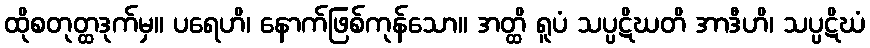
ထိုစတုတ္ထဒုက်မှ။ ပရေဟိ၊ နောက်ဖြစ်ကုန်သော။ အတ္ထိ ရူပံ သပ္ပဋိဃတိ အာဒီဟိ၊ သပ္ပဋိဃံ